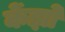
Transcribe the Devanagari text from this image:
केंझो